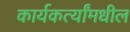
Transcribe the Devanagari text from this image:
कार्यकर्त्यांमधील